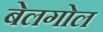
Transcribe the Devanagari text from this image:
बेलगोल